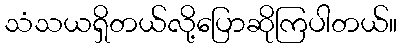
သံသယရှိတယ်လို့ပြောဆိုကြပါတယ်။